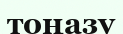
тоңазу